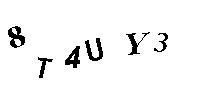
8T4UY3